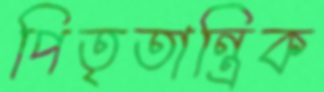
পিতৃতান্ত্রিক